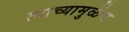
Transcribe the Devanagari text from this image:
त्याच्यामुळेंच